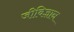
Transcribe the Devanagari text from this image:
जीविज्ञान